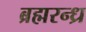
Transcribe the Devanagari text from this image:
ब्रह्मरन्ध्र